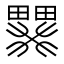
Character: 𱱄